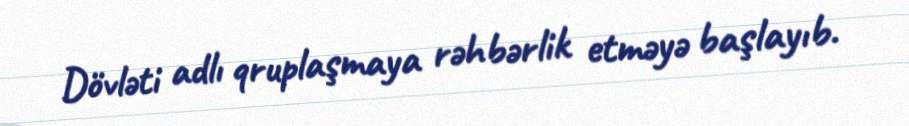
Dövləti adlı qruplaşmaya rəhbərlik etməyə başlayıb.